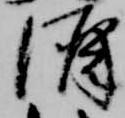
酒